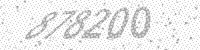
Solution: 878200